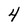
Character: 4